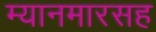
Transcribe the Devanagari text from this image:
म्यानमारसह